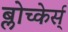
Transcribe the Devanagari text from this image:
ब्लोच्केर्स्